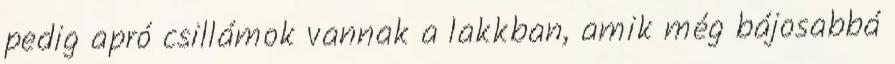
pedig apró csillámok vannak a lakkban, amik még bájosabbá